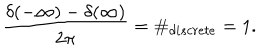
\frac { \delta ( - \infty ) - \delta ( \infty ) } { 2 \pi } = \# _ { d i s c r e t e } = 1 .